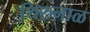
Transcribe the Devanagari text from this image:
थिरुनाळ